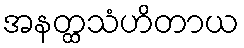
အနတ္ထသံဟိတာယ